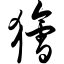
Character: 狯